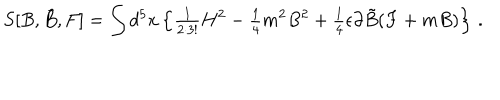
S [ B , \tilde { B } , F ] = \int d ^ { 5 } x \left\{ { \textstyle \frac { 1 } { 2 \cdot 3 ! } } H ^ { 2 } - { \textstyle \frac { 1 } { 4 } } m ^ { 2 } B ^ { 2 } + { \textstyle \frac { 1 } { 4 } } \epsilon \partial \tilde { B } ( F + m B ) \right\} \, .